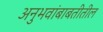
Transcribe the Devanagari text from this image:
अनुभवांबाबतीतील